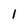
Character: l